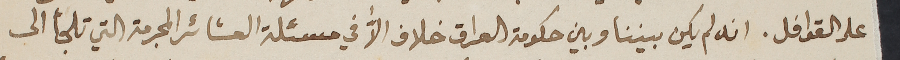
على القوافل. انه لم يكن بيننا وبين حكومة العراق خلاف الاﱣ في مسئلة العشائر المجرمة التي تلجأ الى